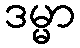
ဒမ္မာ